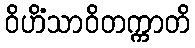
ဝိဟိံသာဝိတက္ကာတိ